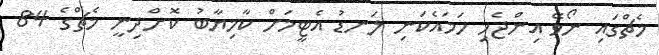
މެޗްގައި ނޯވޭ އިންޖެހި ހަމައެކަނި ލަނޑު އެޓީމަށް ކާމިޔާބު ކޮށްދިނީ މެޗްގެ 84